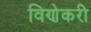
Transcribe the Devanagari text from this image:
विणेकरी